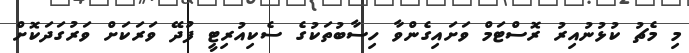
މި މެޗު ކުޅުނުއިރު ރޮސްޓަމް ވަށައިގެންވާ ހިސާބުތަކުގެ ސެކިއުރިޓީ ފުދޭ ވަރަކަށް ވަރުގަދަކޮށް